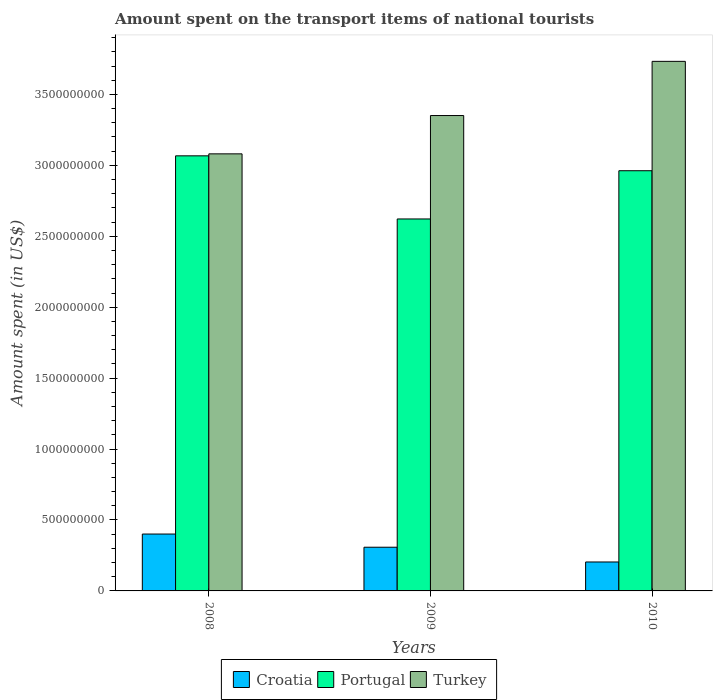
| Years | Croatia | Portugal | Turkey |
 | --- | --- | --- | --- |
 | 2008 | 4.01e+08 | 3.07e+09 | 3.08e+09 |
 | 2009 | 3.08e+08 | 2.62e+09 | 3.35e+09 |
 | 2010 | 2.04e+08 | 2.96e+09 | 3.73e+09 |